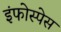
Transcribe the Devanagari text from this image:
इंफोस्पेस